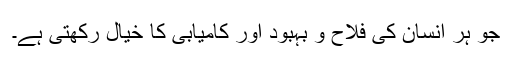
جو ہر انسان کی فلاح و بہبود اور کامیابی کا خیال رکھتی ہے۔